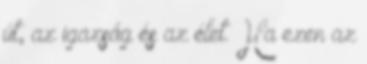
út, az igazság és az élet. Ha ezen az